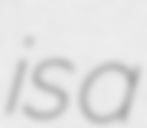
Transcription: is a